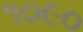
૧૦૯૦